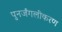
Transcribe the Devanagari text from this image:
पुनर्जंगलीकरण